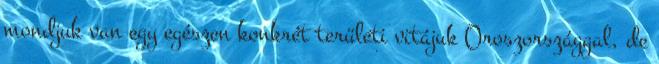
mondjuk van egy egészen konkrét területi vitájuk Oroszországgal, de